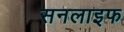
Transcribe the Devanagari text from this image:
सनलाइफ